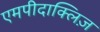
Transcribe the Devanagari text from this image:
एमपीदाक्लिज़